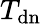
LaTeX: T_{\mathrm{dn}}